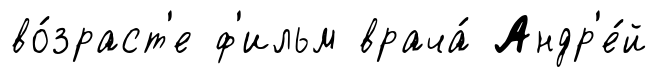
во́зраст'е ф'ильм врача́ Андр'е́й